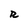
Character: R